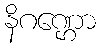
နိဂဏ္ဌော